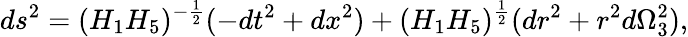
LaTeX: ds^{2}=(H_{1}H_{5})^{-\frac{1}{2}}(-dt^{2}+dx^{2})+(H_{1}H_{5})^{\frac{1}{2}}(dr^{2}+r^{2}d\Omega_{3}^{2}),